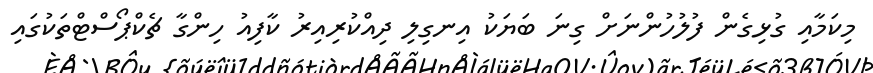
މިކަމާއި ގުޅިގެން ފުލުހުންނަށް ގިނަ ބަޔަކު އިނގިލި ދިއްކުރިއިރު ކާފިއު ހިންގާ ޗެކްޕޯސްޓްތަކުގައި